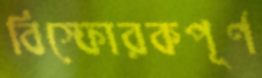
বিস্ফোরকপূর্ণ